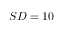
S D = 1 0